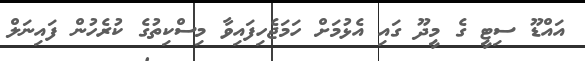
އައްޑޫ ސިޓީ ގެ މީދޫ ގައި އެޅުމަށް ހަމަޖެހިފައިވާ މިސްކިތުގެ ކުރެހުން ފައިނަލް